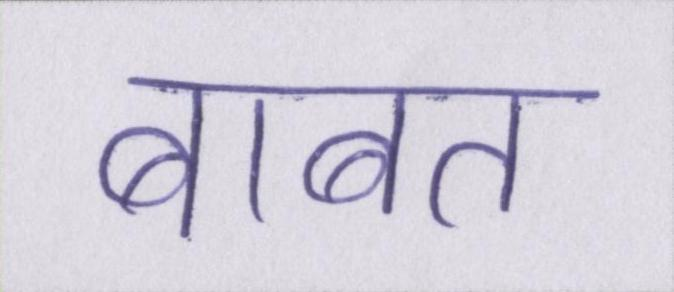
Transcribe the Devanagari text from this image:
बाबत